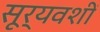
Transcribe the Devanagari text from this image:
सूर्यवशीं